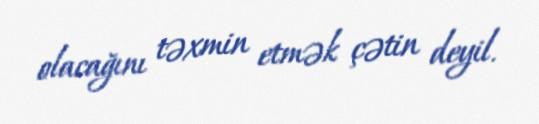
olacağını təxmin etmək çətin deyil.